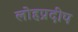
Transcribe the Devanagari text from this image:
लोहप्रदीप